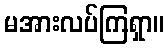
မအားလပ်ကြရှာ။